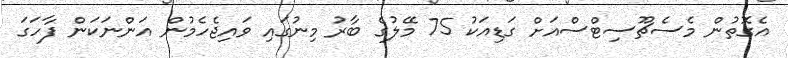
އެގޮތުން މެސެޗޫސިޓްސްއަށް ގަޑިއަކު 75 މޭލުގެ ބާރު މިނުގައި ވައިޖެހެމުން އަންނަކަން ފާހަގަ